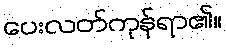
ပေးလတ်ကုန်ရာ၏။